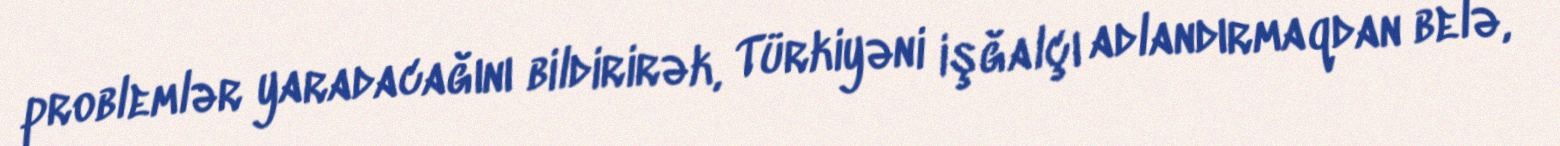
problemlər yaradacağını bildirirək, Türkiyəni işğalçı adlandırmaqdan belə,